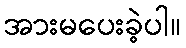
အားမပေးခဲ့ပါ။